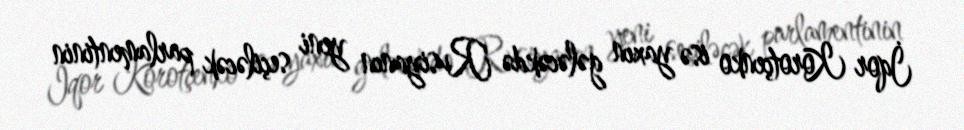
İqor Korotçenko isə yaxın gələcəkdə Rusiyanın yeni seçiləcək parlamentinin